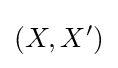
\left(X,X^{\prime }\right)